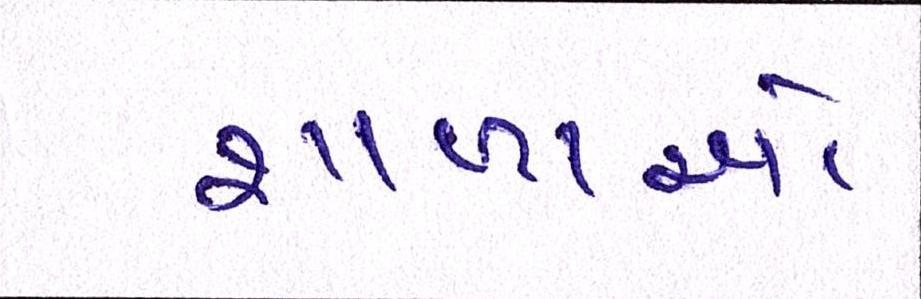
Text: શાળાઓ